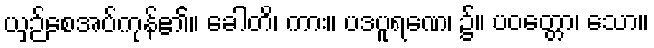
ယှဉ်စေအပ်ကုန်၏။ ခေါတိ၊ ကား။ ပဒပူရဏေ၊ ၌။ ပဝတ္တော၊ သော။